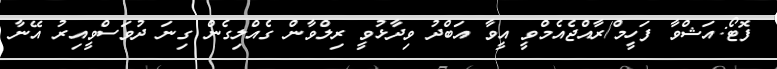
ފޮޓޯ:އަޝްވާ ފަހީމް/ރާއްޖެއެމްވީ އީވާ އަބްދު ވިދާޅުވީ ރިލްވާން ގެއްލިގެން ގިނަ ދުވަސްވީއިރު އޭނާ